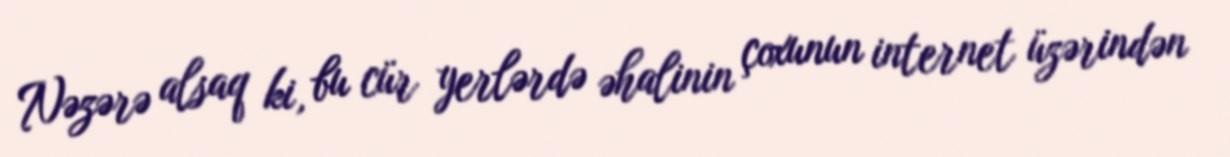
Nəzərə alsaq ki, bu cür yerlərdə əhalinin çoxunun internet üzərindən